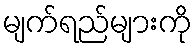
မျက်ရည်များကို